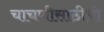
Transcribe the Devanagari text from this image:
चाचणीसाठीची